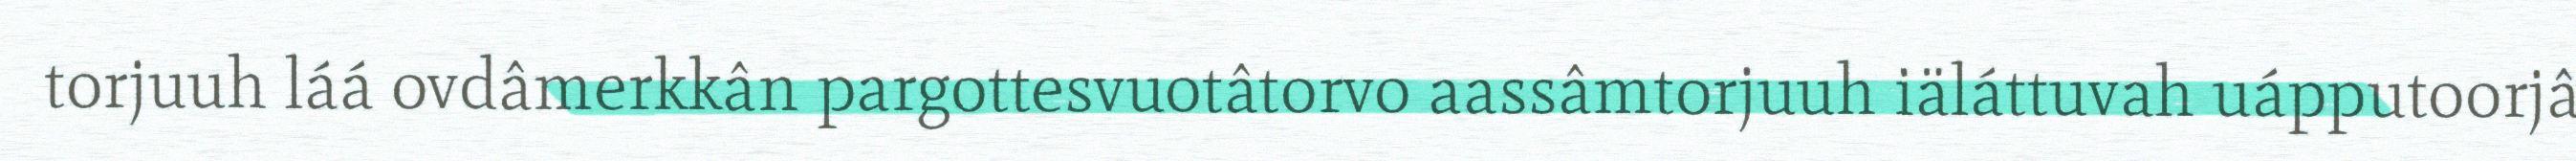
torjuuh láá ovdâmerkkân pargottesvuotâtorvo aassâmtorjuuh iäláttuvah uápputoorjâ